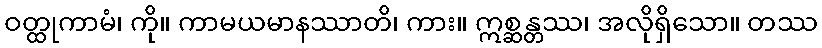
ဝတ္ထုကာမံ၊ ကို။ ကာမယမာနဿာတိ၊ ကား။ ဣစ္ဆန္တဿ၊ အလိုရှိသော။ တဿ